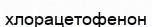
хлорацетофенон